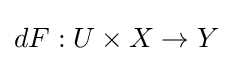
dF:U\times X\to Y